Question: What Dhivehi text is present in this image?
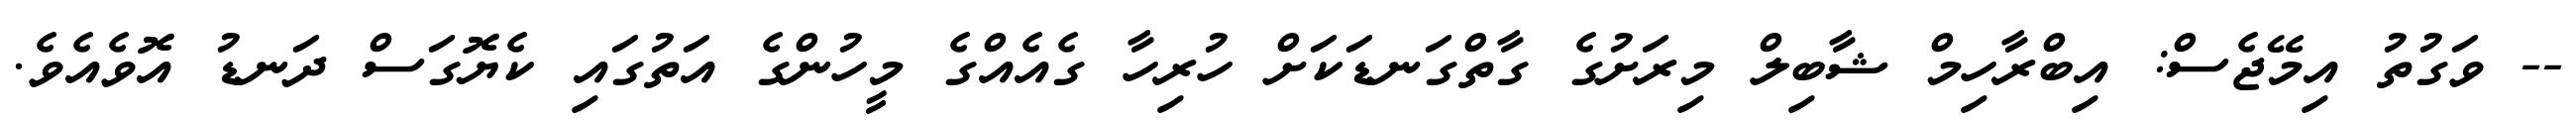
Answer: -- ވަގުތު އިމޭޖެސް: އިބްރާހިމް ޝާބިލް މިރަށުގެ ގާތްގަނޑަކަށް ހުރިހާ ގެއެއްގެ މީހުންގެ އަތުގައި ކެޔޮގަސް ދަނޑު އޮވެއެވެ.